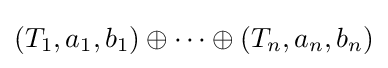
(T_{1},a_{1},b_{1})\oplus \dots \oplus (T_{n},a_{n},b_{n})